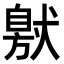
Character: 𤠩